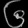
Digit: ၆